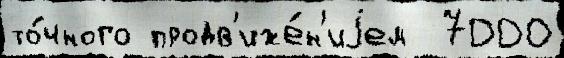
то́чного продв'иже́н'иjем  7000